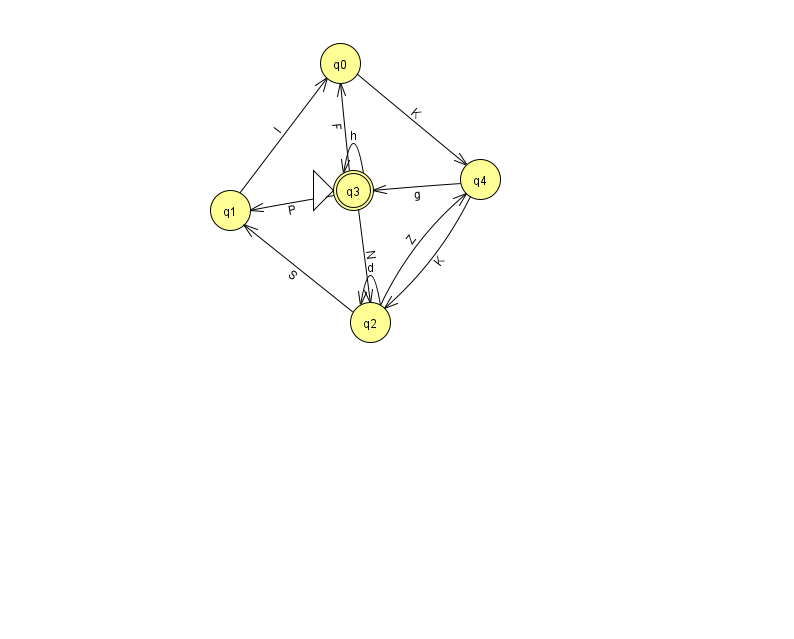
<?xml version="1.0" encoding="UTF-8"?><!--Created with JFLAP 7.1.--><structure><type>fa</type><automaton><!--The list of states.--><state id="0" name="q0"><x>340.0</x><y>50.0</y></state><state id="1" name="q1"><x>230.0</x><y>197.0</y></state><state id="2" name="q2"><x>370.0</x><y>309.0</y></state><state id="3" name="q3"><x>353.0</x><y>177.0</y><initial/><final/></state><state id="4" name="q4"><x>480.0</x><y>166.0</y></state><!--The list of transitions.--><transition><from>1</from><to>0</to><read>I</read></transition><transition><from>2</from><to>2</to><read>d</read></transition><transition><from>4</from><to>3</to><read>g</read></transition><transition><from>3</from><to>0</to><read>F</read></transition><transition><from>3</from><to>3</to><read>h</read></transition><transition><from>0</from><to>4</to><read>K</read></transition><transition><from>2</from><to>1</to><read>S</read></transition><transition><from>3</from><to>2</to><read>N</read></transition><transition><from>3</from><to>1</to><read>P</read></transition><transition><from>4</from><to>2</to><read>K</read></transition><transition><from>2</from><to>4</to><read>Z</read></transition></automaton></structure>